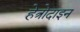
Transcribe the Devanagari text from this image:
हेत्रोदाइन